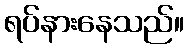
ရပ်နားနေသည်။